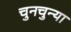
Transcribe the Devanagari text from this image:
चुनचुन्या